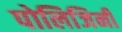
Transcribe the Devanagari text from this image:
पोलिजिनी